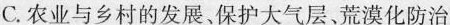
C.农业与乡村的发展、保护大气层、荒漠化防治